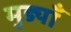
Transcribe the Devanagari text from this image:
मुड्याँ